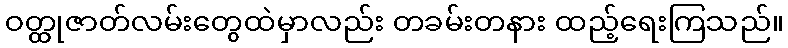
ဝတ္ထုဇာတ်လမ်းတွေထဲမှာလည်း တခမ်းတနား ထည့်ရေးကြသည်။